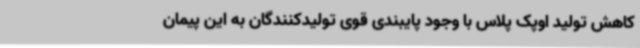
کاهش تولید اوپک پلاس با وجود پایبندی قوی تولیدکنندگان به این پیمان